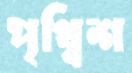
পৃথ্বিশ